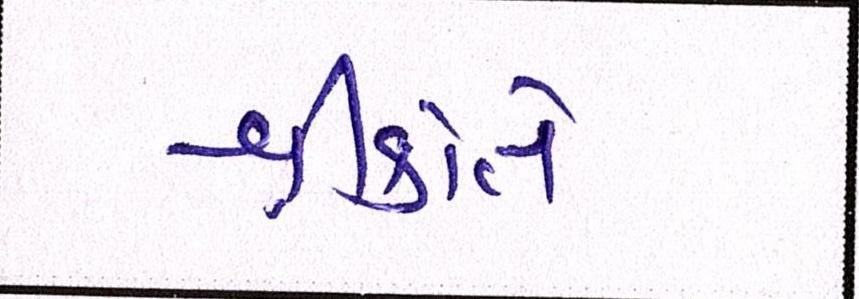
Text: શ્રીકાંતે